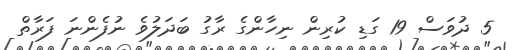
5 ދުވަސް 19 ގަޑި ކުރިން ނިހާންގެ ރާގު ބަދަލުވެ ނުފެންނަ ފަރާތް